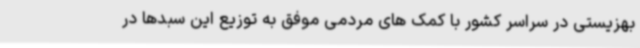
بهزیستی در سراسر کشور با کمک های مردمی موفق به توزیع این سبدها در